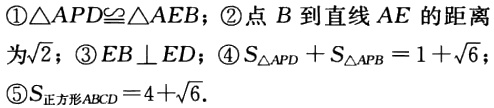
\textcircled{1}$\triangle APD\cong\triangle AEB$；\textcircled{2}点$B$到直线$AE$的距离为$\sqrt{2}$；\textcircled{3}$EB\perp ED$；\textcircled{4}$S_{\triangle APD}+S_{\triangle APB}=1 + \sqrt{6}$；\textcircled{5}$S_{正方形ABCD}=4+\sqrt{6}$．